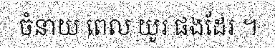
ចំនាយ ពេល យូរ ផងដែរ ។